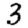
Digit: 3